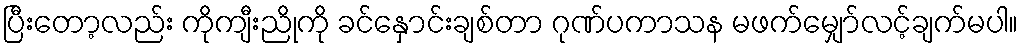
ပြီးတော့လည်း ကိုကျီးညိုကို ခင်နှောင်းချစ်တာ ဂုဏ်ပကာသန မဖက်မျှော်လင့်ချက်မပါ။